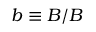
\boldsymbol { b } \equiv \boldsymbol { B } / B